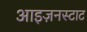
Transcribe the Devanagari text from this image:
आइज़नस्टाट